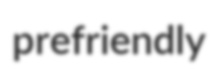
prefriendly